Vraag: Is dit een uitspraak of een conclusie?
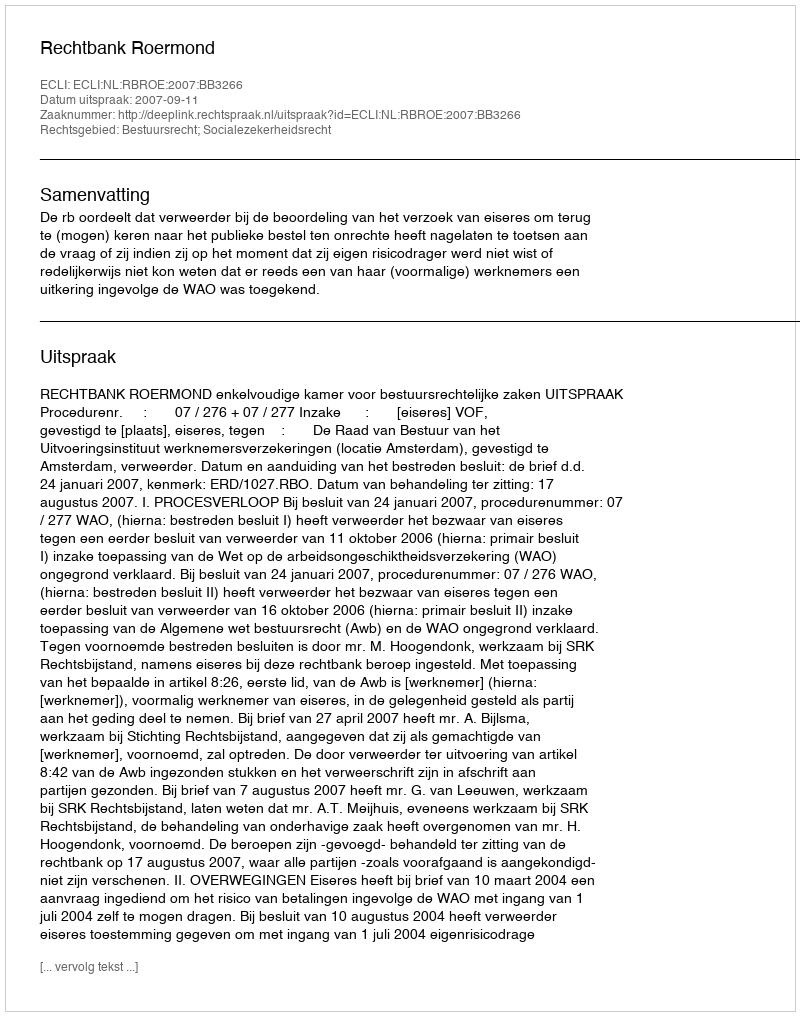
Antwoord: Uitspraak